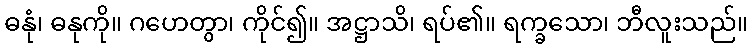
ဓနုံ၊ ဓနုကို။ ဂဟေတွာ၊ ကိုင်၍။ အဋ္ဌာသိ၊ ရပ်၏။ ရက္ခသော၊ ဘီလူးသည်။